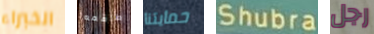
الخبراء طاقمه حمايتنا Shubra رجل